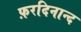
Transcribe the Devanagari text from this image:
फ़रदिनान्द